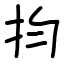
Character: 抣